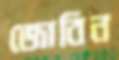
জোবিন